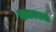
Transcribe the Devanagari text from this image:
खमनरासो